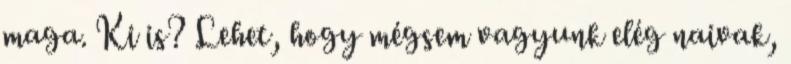
maga. Ki is? Lehet, hogy mégsem vagyunk elég naivak,